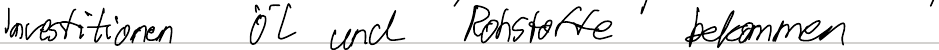
Investitionen Öl und Rohstoffe bekommen